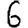
Digit: 6